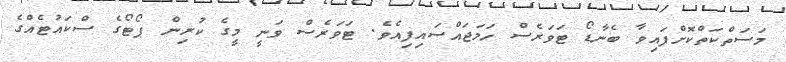
މަސަތްކަތްކޮށްފައިވާ ބެނާޑޯ ޓަވަރެސް ހަމަޖައްސައިފިއެވެ. ޓަވަރެސް ވަނީ މީގެ ކުރިން ޕޯޓޯގެ ސްކައުޓެއްގެ